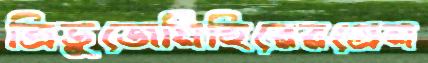
ত্রিভুজেমিহিরেরগ্রেন